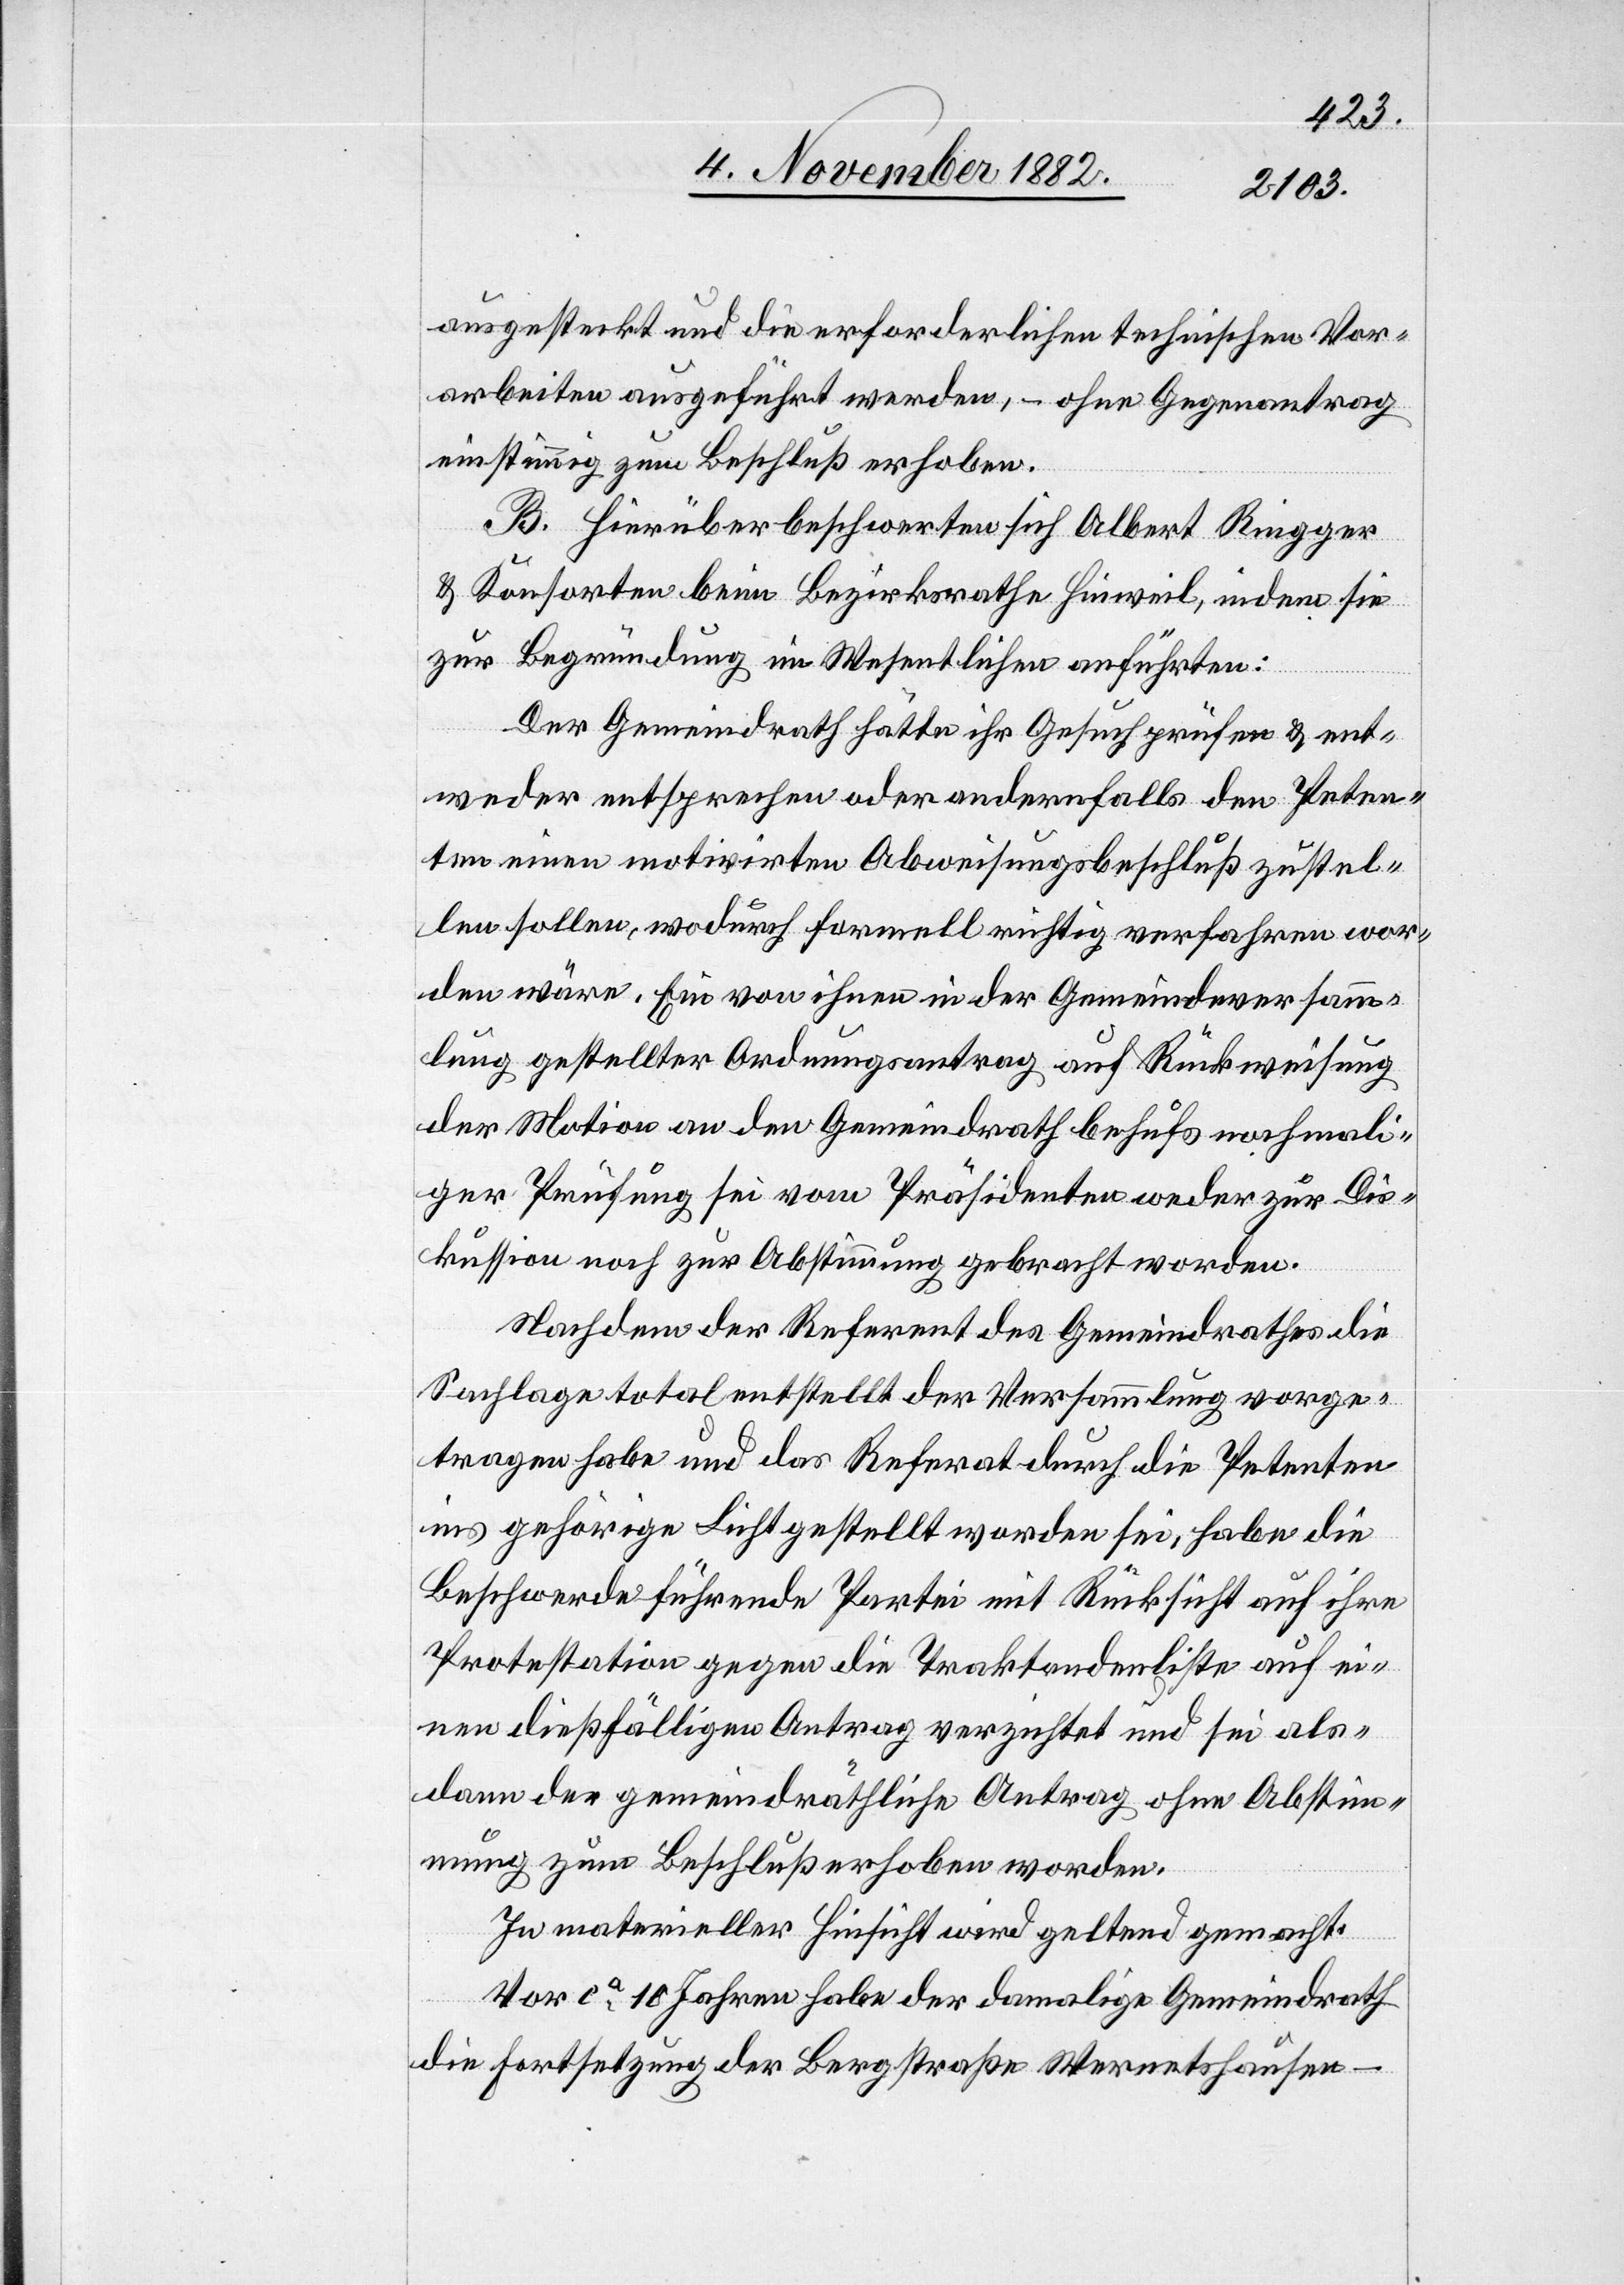
ausgesteckt und die erforderlichen technischen Vor¬
arbeiten ausgeführt werden, – ohne Gegenantrag
einstimmig zum Beschluß erhoben.
B. Hierüber beschwerten sich Albert Riegger
& Konsorten beim Bezirksrathe Hinweil, indem sie
zur Begründung im Wesentlichen anführten:
Der Gemeindrath hätte ihr Gesuch prüfen & ent¬
weder entsprechen oder andernfalls den Peten¬
ten einen motivirten Abweisungsbeschluß zustel¬
len sollen, wodurch formell richtig verfahren wor¬
den wäre. Ein von ihnen in der Gemeindeversamm¬
lung gestellter Ordnungsantrag auf Rückweisung
der Motion an den Gemeindrath behufs nochmali¬
ger Prüfung sei vom Präsidenten weder zur Dis¬
kussion noch zur Abstimmung gebracht worden.
Nachdem der Referent des Gemeindrathes die
Sachlage total entstellt der Versammlung vorge¬
tragen habe und das Referat durch die Petenten
ins gehörige Licht gestellt worden sei, habe die
Beschwerde führende Partei mit Rücksicht auf ihre
Protestation gegen die Traktandenliste auf ei¬
nen dießfälligen Antrag verzichtet und sei als¬
dann der gemeindräthliche Antrag ohne Abstim¬
mung zum Beschluß erhoben worden.
In materieller Hinsicht wird geltend gemacht:
Vor ca 10 Jahren habe der damalige Gemeindrath
die Fortsetzung der Bergstraße Wermetshausen–